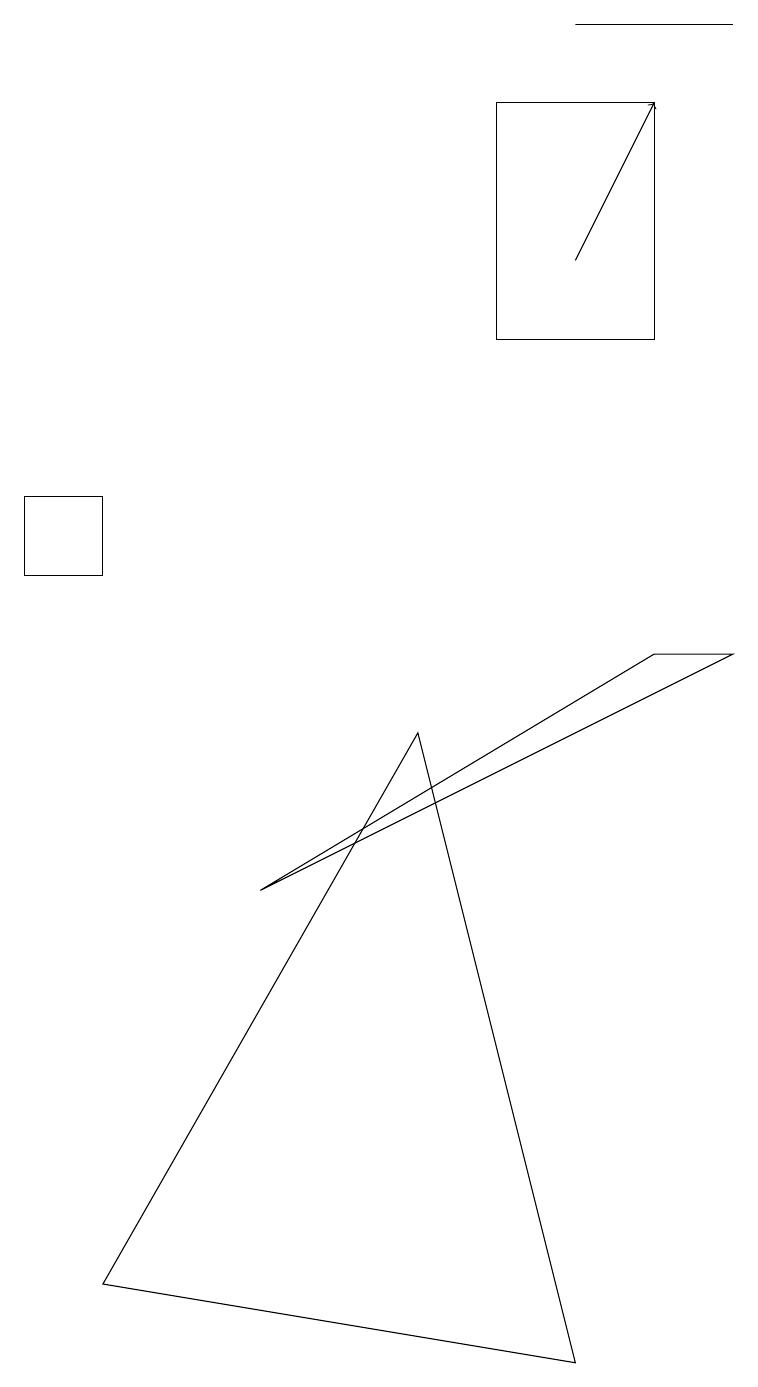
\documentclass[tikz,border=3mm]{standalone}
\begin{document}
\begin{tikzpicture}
\draw (7,0) -- (5,8) -- (1,1) -- cycle;
\draw (6,16) rectangle (8,13);
\draw (8,9) -- (9,9) -- (3,6) -- cycle;
\draw[->] (7,14) -- (8,16);
\draw (9,17) rectangle (7,17);
\draw (0,11) rectangle (1,10);
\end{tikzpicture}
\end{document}